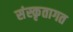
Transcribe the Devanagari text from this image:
संस्कृतागत